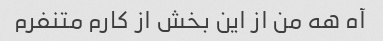
آه هه من از این بخش از کارم متنفرم